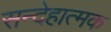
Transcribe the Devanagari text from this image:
सन्देहात्मक